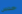
حدس